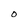
Character: O